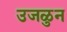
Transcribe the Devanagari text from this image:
उजळुन